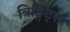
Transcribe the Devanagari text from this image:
त्रिङ्गिट्स